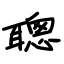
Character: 聰